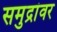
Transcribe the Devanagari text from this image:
समुद्रांवर